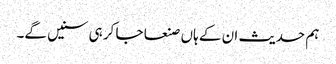
ہم حدیث ان کے ہاں صنعا جا کر ہی سنیں گے۔